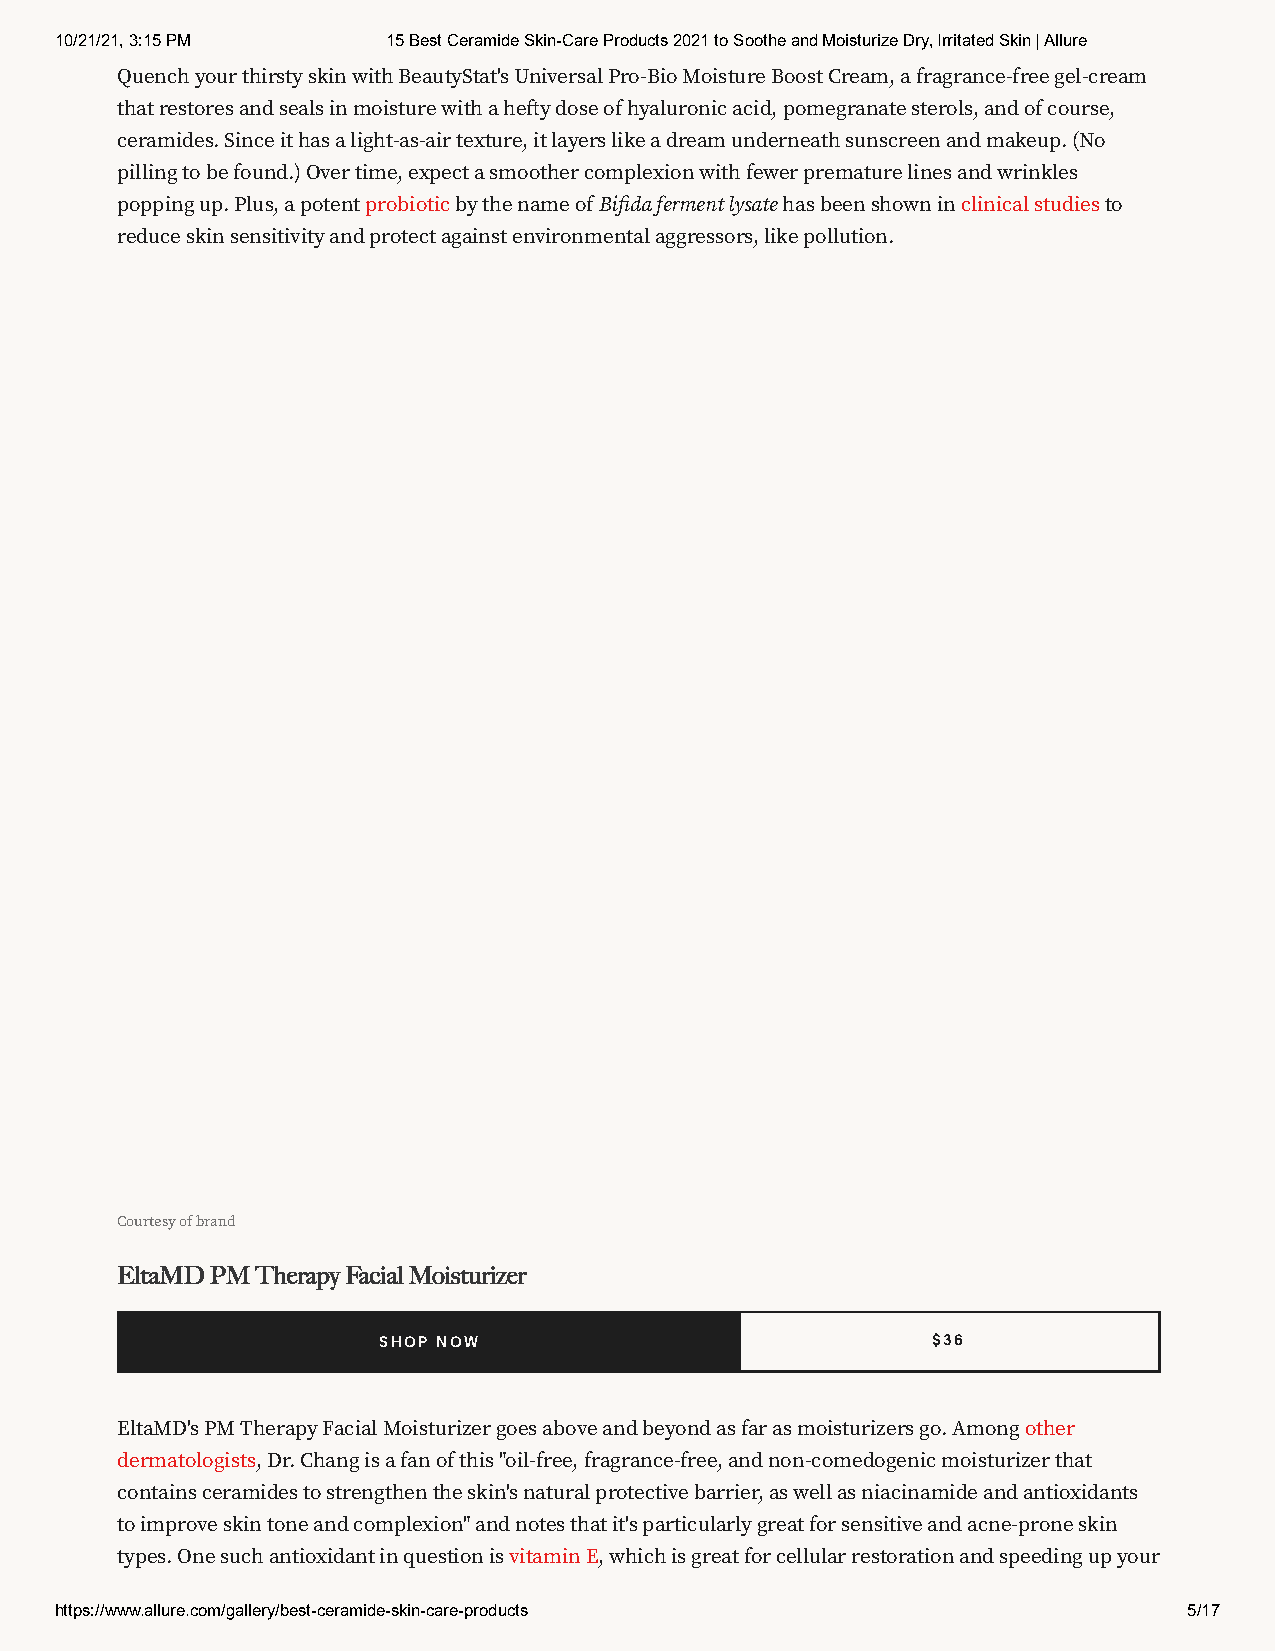
10/21/21, 3:15 PM     15 Best Ceramide Skin-Care Products 2021 to Soothe and Moisturize Dry, Irritated Skin | Allure
 Quench your thirsty skin with BeautyStat's Universal Pro-Bio Moisture Boost Cream, a fragrance-free gel-cream
 that restores and seals in moisture with a hey dose of hyaluronic acid, pomegranate sterols, and of course,
 ceramides. Since it has a light-as-air texture, it layers like a dream underneath sunscreen and makeup. (No
 pilling to be found.) Over time, expect a smoother complexion with fewer premature lines and wrinkles
 popping up. Plus, a potent probiotic by the name of Bida ferment lysate has been shown in clinical studies to
 reduce skin sensitivity and protect against environmental aggressors, like pollution.
 Courtesy of brand
 EltaMD PM Therapy Facial Moisturizer
 SHOP NOW                             $36
 EltaMD's PM Therapy Facial Moisturizer goes above and beyond as far as moisturizers go. Among other
 dermatologists, Dr. Chang is a fan of this "oil-free, fragrance-free, and non-comedogenic moisturizer that
 contains ceramides to strengthen the skin's natural protective barrier, as well as niacinamide and antioxidants
 to improve skin tone and complexion" and notes that it's particularly great for sensitive and acne-prone skin
 types. One such antioxidant in question is vitamin E, which is great for cellular restoration and speeding up your
 https://www.allure.com/gallery/best-ceramide-skin-care-products            5/17